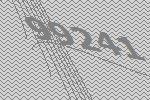
99241